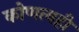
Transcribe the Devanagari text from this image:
कोणत्यही